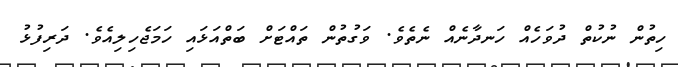
ހިތުން ނުކުތް ދުވަހެއް ހަނދާނެއް ނެތެވެ. ވަގުތުން ތައްޓަށް ބަތްއަޅައި ހަމަޖެހިލިއެވެ. ދަރިފުޅު